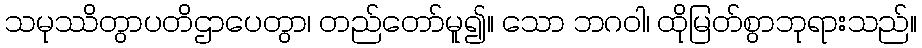
သမုဿိတွာပတိဌာပေတွာ၊ တည်တော်မူ၍။ သော ဘဂဝါ၊ ထိုမြတ်စွာဘုရားသည်။